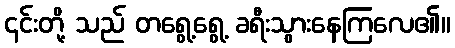
၎င်းတို့ သည် တရွေ့ရွေ့ ခရီးသွားနေကြလေ၏။